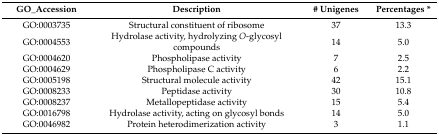
| GO_Accession | Description | # Unigenes | Percentages * |
 | --- | --- | --- | --- |
 | GO:0003735 | Structural constituent of ribosome | 37 | 13.3 |
 | GO:0004553 | Hydrolase activity, hydrolyzing O-glycosyl compounds | 14 | 5.0 |
 | GO:0004620 | Phospholipase activity | 7 | 2.5 |
 | GO:0004629 | Phospholipase C activity | 6 | 2.2 |
 | GO:0005198 | Structural molecule activity | 42 | 15.1 |
 | GO:0008233 | Peptidase activity | 30 | 10.8 |
 | GO:0008237 | Metallopeptidase activity | 15 | 5.4 |
 | GO:0016798 | Hydrolase activity, acting on glycosyl bonds | 14 | 5.0 |
 | GO:0046982 | Protein heterodimerization activity | 3 | 1.1 |